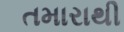
તમારાથી